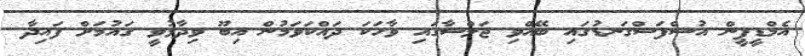
އެމްޑީޕީން އުސްފަސްގަނޑުގައި ބޭއްވި ޖަލްސާގައި ވާހަކަ ދައްކަވަމުން އިބޫ ވިދާޅުވީ ގައުމަށް ފައިދާ